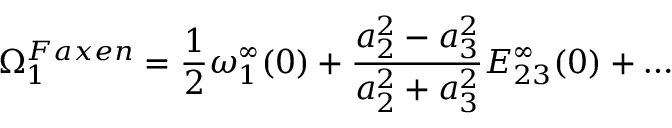
\Omega _ { 1 } ^ { F a x e n } = \frac { 1 } { 2 } \omega _ { 1 } ^ { \infty } ( 0 ) + \frac { a _ { 2 } ^ { 2 } - a _ { 3 } ^ { 2 } } { a _ { 2 } ^ { 2 } + a _ { 3 } ^ { 2 } } E _ { 2 3 } ^ { \infty } ( 0 ) + \dots